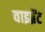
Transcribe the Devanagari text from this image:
वाइब्रेंट